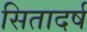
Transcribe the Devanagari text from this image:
सितादर्ष